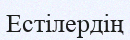
Естілердің